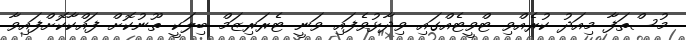
މުސްތަފާ މިއަދު ކުރެއްވި ޓްވީޓެއްގައި ވިދާޅުވެފައި ވަނީ ޓެރަރިޒަމް ބިލަކީ ތޫނުކޮށް ފައްކާކޮށްފައިވާ